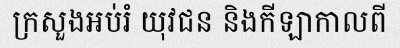
ក្រសួងអប់រំ យុវជន និងកីឡាកាលពី